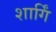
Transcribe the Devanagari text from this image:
शार्गिं